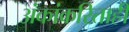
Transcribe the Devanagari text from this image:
अंकांकरिताही